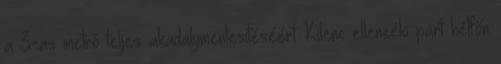
a 3-as metró teljes akadálymentesítéséért Kilenc ellenzéki párt hétfőn